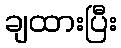
ချထားပြီး